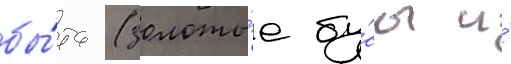
бы́та (золоты́е бу́сы и́